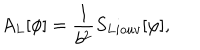
LaTeX: A _ { L } [ \phi ] = { \frac { 1 } { b ^ { 2 } } } S _ { L i o u v } [ \varphi ] ,